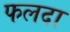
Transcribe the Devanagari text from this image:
फलदा